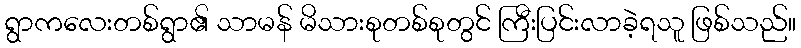
ရွာကလေးတစ်ရွာ၏ သာမန် မိသားစုတစ်စုတွင် ကြီးပြင်းလာခဲ့ရသူ ဖြစ်သည်။